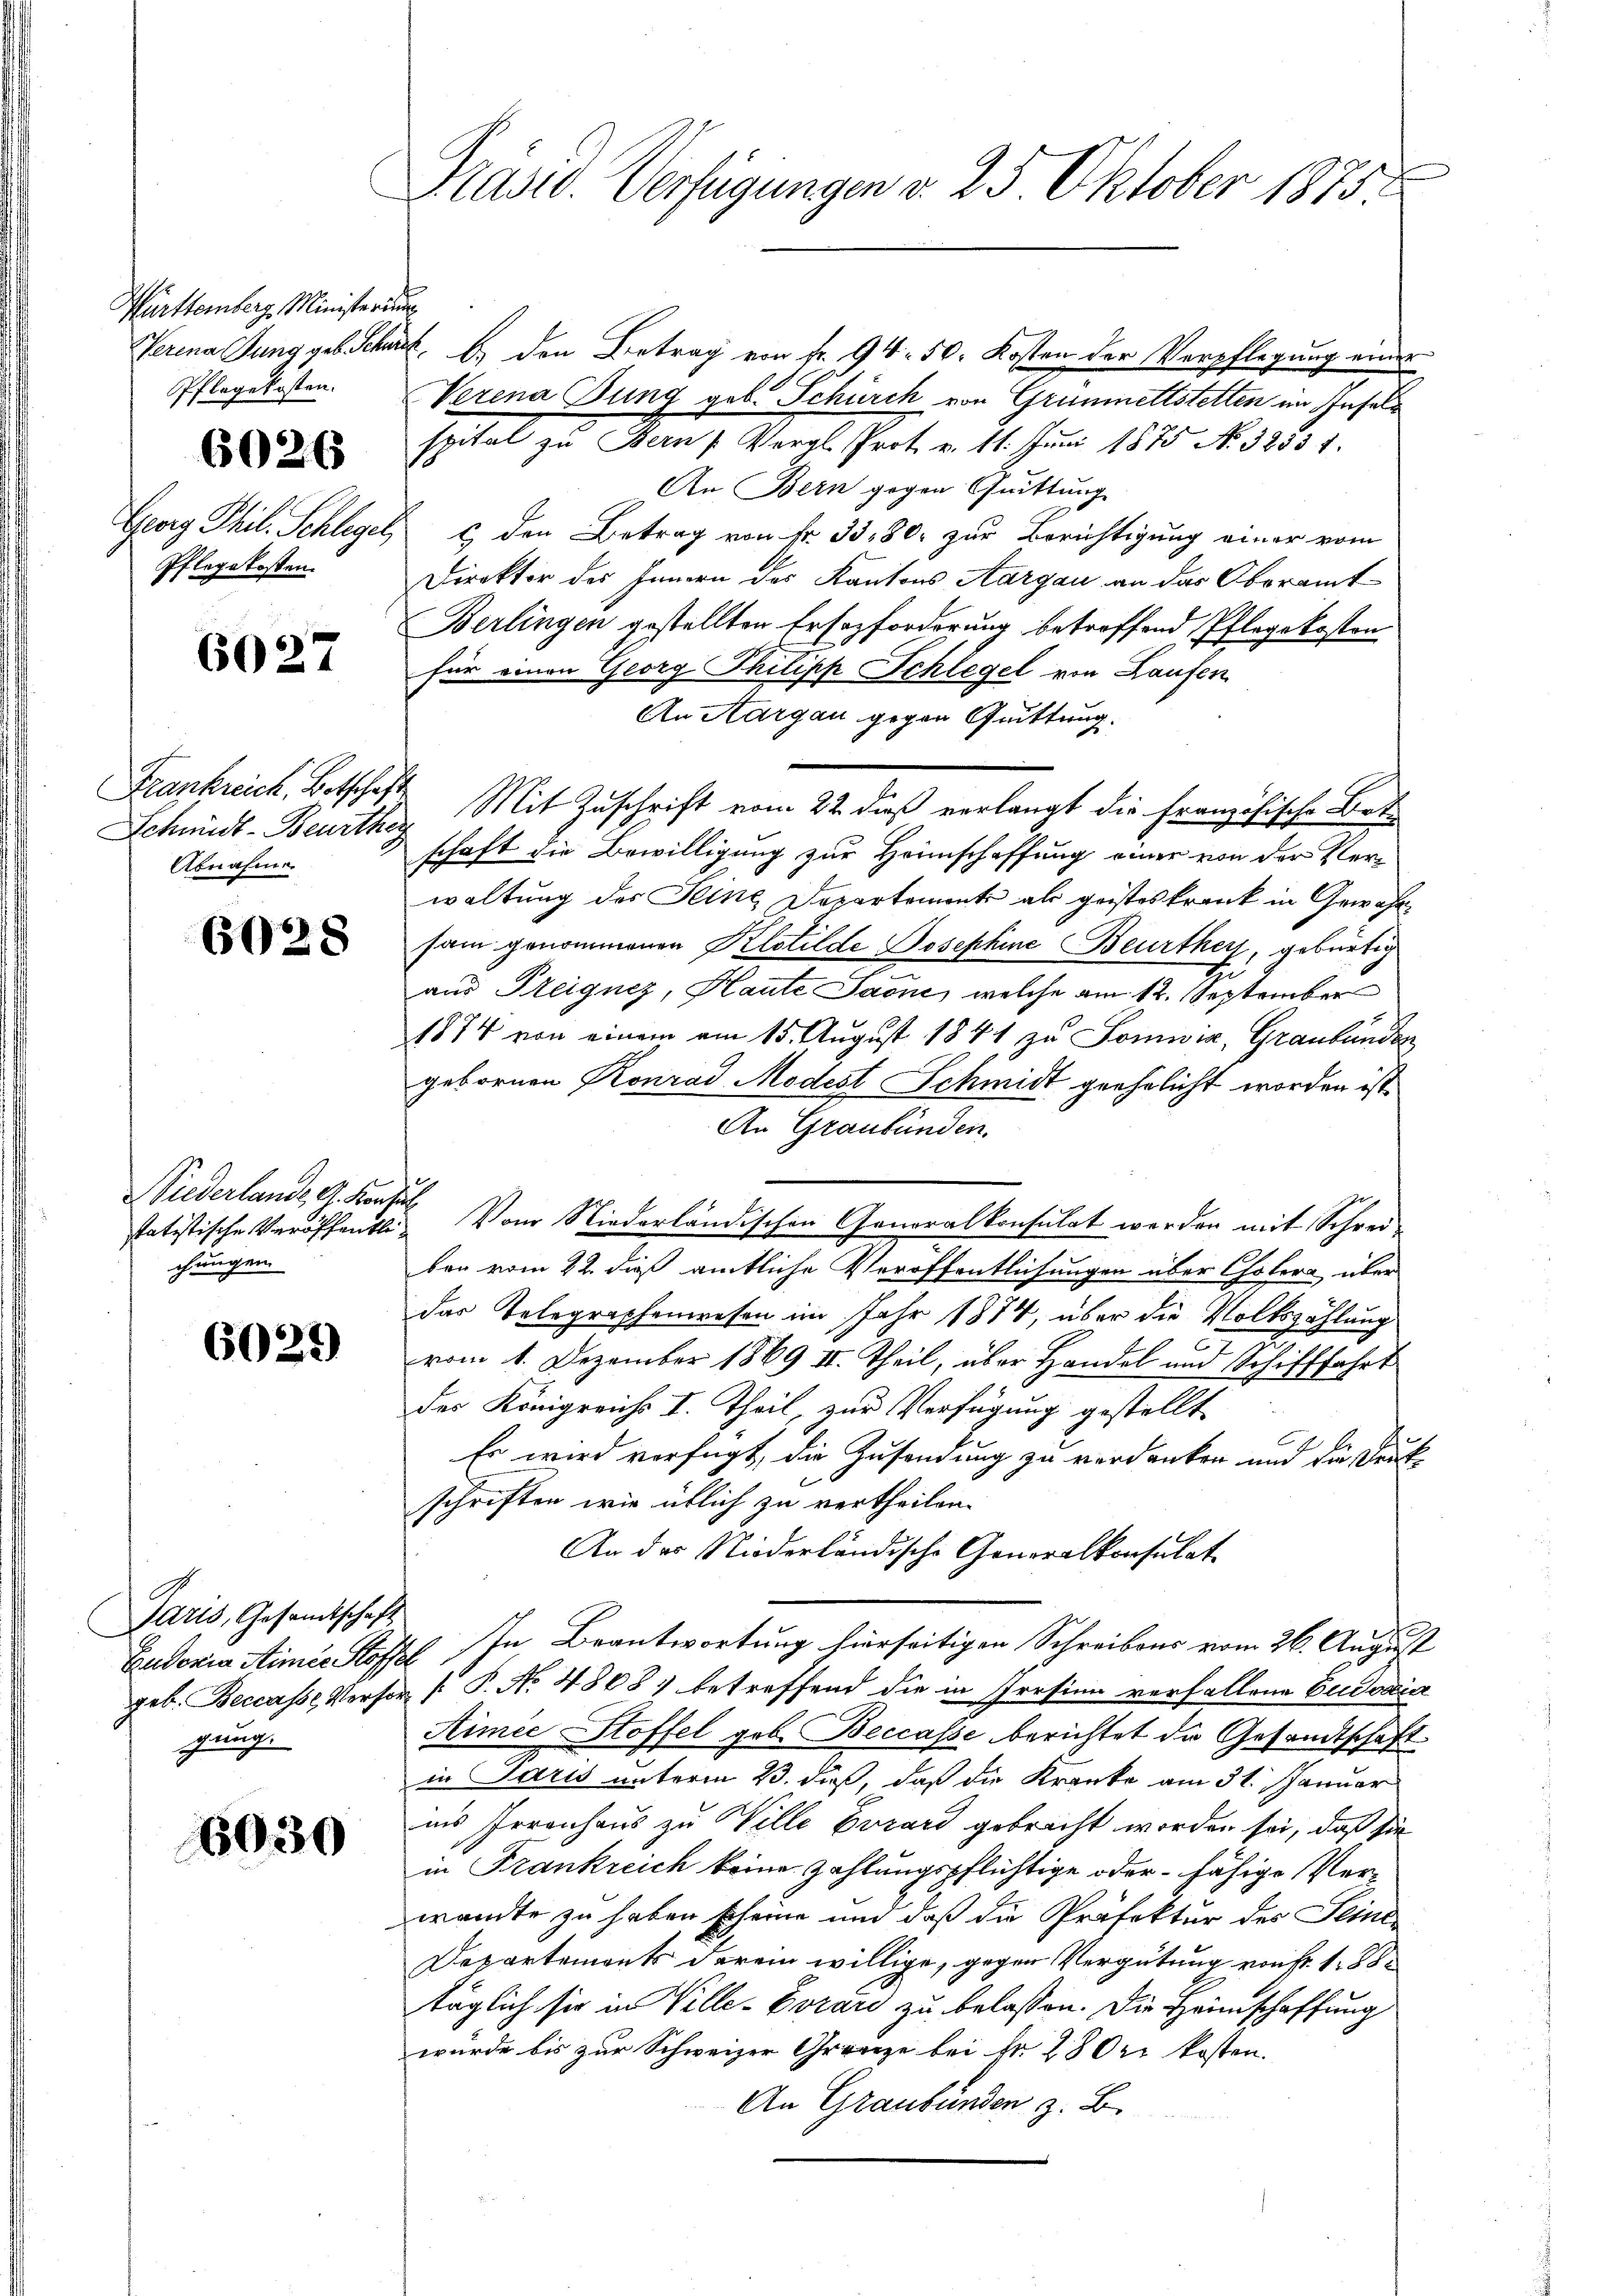
Württemberg Ministerium
Pflegekosten.

6026

Pflegekosten.

6027

Frankreich, Botschaft
Abnahme

6028

Wiederlande A. Konsul
chungen.

6029

Paris, Gesandtschaft
gung.

6030

Präsid. Verfügungen v. 25. Oktober 1875.

Herina Jung geb. Schaft, b) den Betrag von fr. 94. 50. Kosten der Verpflegung einer
Verena Tung geb. Schürch von Grünettstelten im Inselspital zu Bern (Vergl. Prot. v. 11. Juni 1875 No. 32331.
An Bern gegen Quittung
Georg Thil. Schlegel & den Betrag von Fr. 33,80. zur Berichtigung einer vom
Direktor des Innern des Kantons Aargau an das Oberamt¬
Berlingen gestellten Ersozforderung betreffend Pflegekosten
für einen Georg Philipp Schlegel von Laufen
An Aargau gegen Quittung.
Schmidt-Beurther Mit Zuschrift vom 22. dieß verlangt die Französische Betschaft die Bewilligung zur Heimschaffung einer von der Verwaltung des Seine Departemente als geisteskrank in Gewährsam genommenen Klotilde Josephine Beurthey, gebürtig
aus Freignez, Haute Sache, welche am 12. September
1874 von einem am 15. August 1841 zu Somwir, Graubünden
gebornen Konrad Modest Schmidt geehelicht worden ist.
An Graubünden.
statistische Veröffentli. Von Niederländischen Generalkonsulat werden mit Schrei-
ben vom 22. dieß amtliche Veröffentlichungen über Choler über
das Telegraphenwesen im Jahr 1874, über die Volkszählung
vom 1. Dezember 1869 II. Theil, aber Handel und Schifffahrt
des Königreichs I. Theil, zur Verfügung gestellt
Es wird verfügt, die Zusendung zu verdanken und die Deutschriften wir üblich zu vertheilen.
An das Niederländische Generalkonsulat
Eudoxia Aimis Koffel In Beantwortung hierseitigen Schreibens vom 26. August
geb. Beccasse Verser [ P. Nr. 4868) betreffend die in Presinn verfallene Eudoxia
Himić Stoffel geb. Beccasse berichtet der Gesandtschaft
in Paris unterm 23. daß, daß die Kranke am 31. Januar
in’s Irrenhaus zu Wille Errard gebracht worden sei, daß sie
in Frankreich keine Zahlungspflichtige oder fähige Verwandte zu haben scheine und daß die Präfektur des Seiner
Departements darein willige, gegen Vergütung von fr. 188
täglich sie in Ville-Vorar zu belassen. Die Heimschaffung
wurde bis zur Schweizer Grenze bei kr. 28 Oer kosten.
An Graubünden z. B.